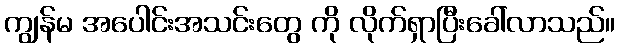
ကျွန်မ အပေါင်းအသင်းတွေ ကို လိုက်ရှာပြီးခေါ်လာသည်။